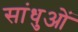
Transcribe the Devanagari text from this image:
सांधुओं